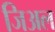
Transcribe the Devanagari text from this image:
जिअल